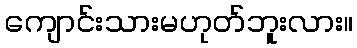
ကျောင်းသားမဟုတ်ဘူးလား။